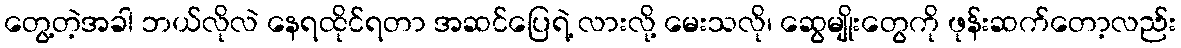
တွေ့တဲ့အခါ ဘယ်လိုလဲ နေရထိုင်ရတာ အဆင်ပြေရဲ့ လားလို့ မေးသလို၊ ဆွေမျိုးတွေကို ဖုန်းဆက်တော့လည်း